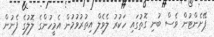
ޕޭށެންޓުން ވެސް ބުނި ގޮތުގައި ހަކުރު ލެވެލް އިތުރުވުމުން އެމީހުންގެ ލޮލުގެ ފެނުން